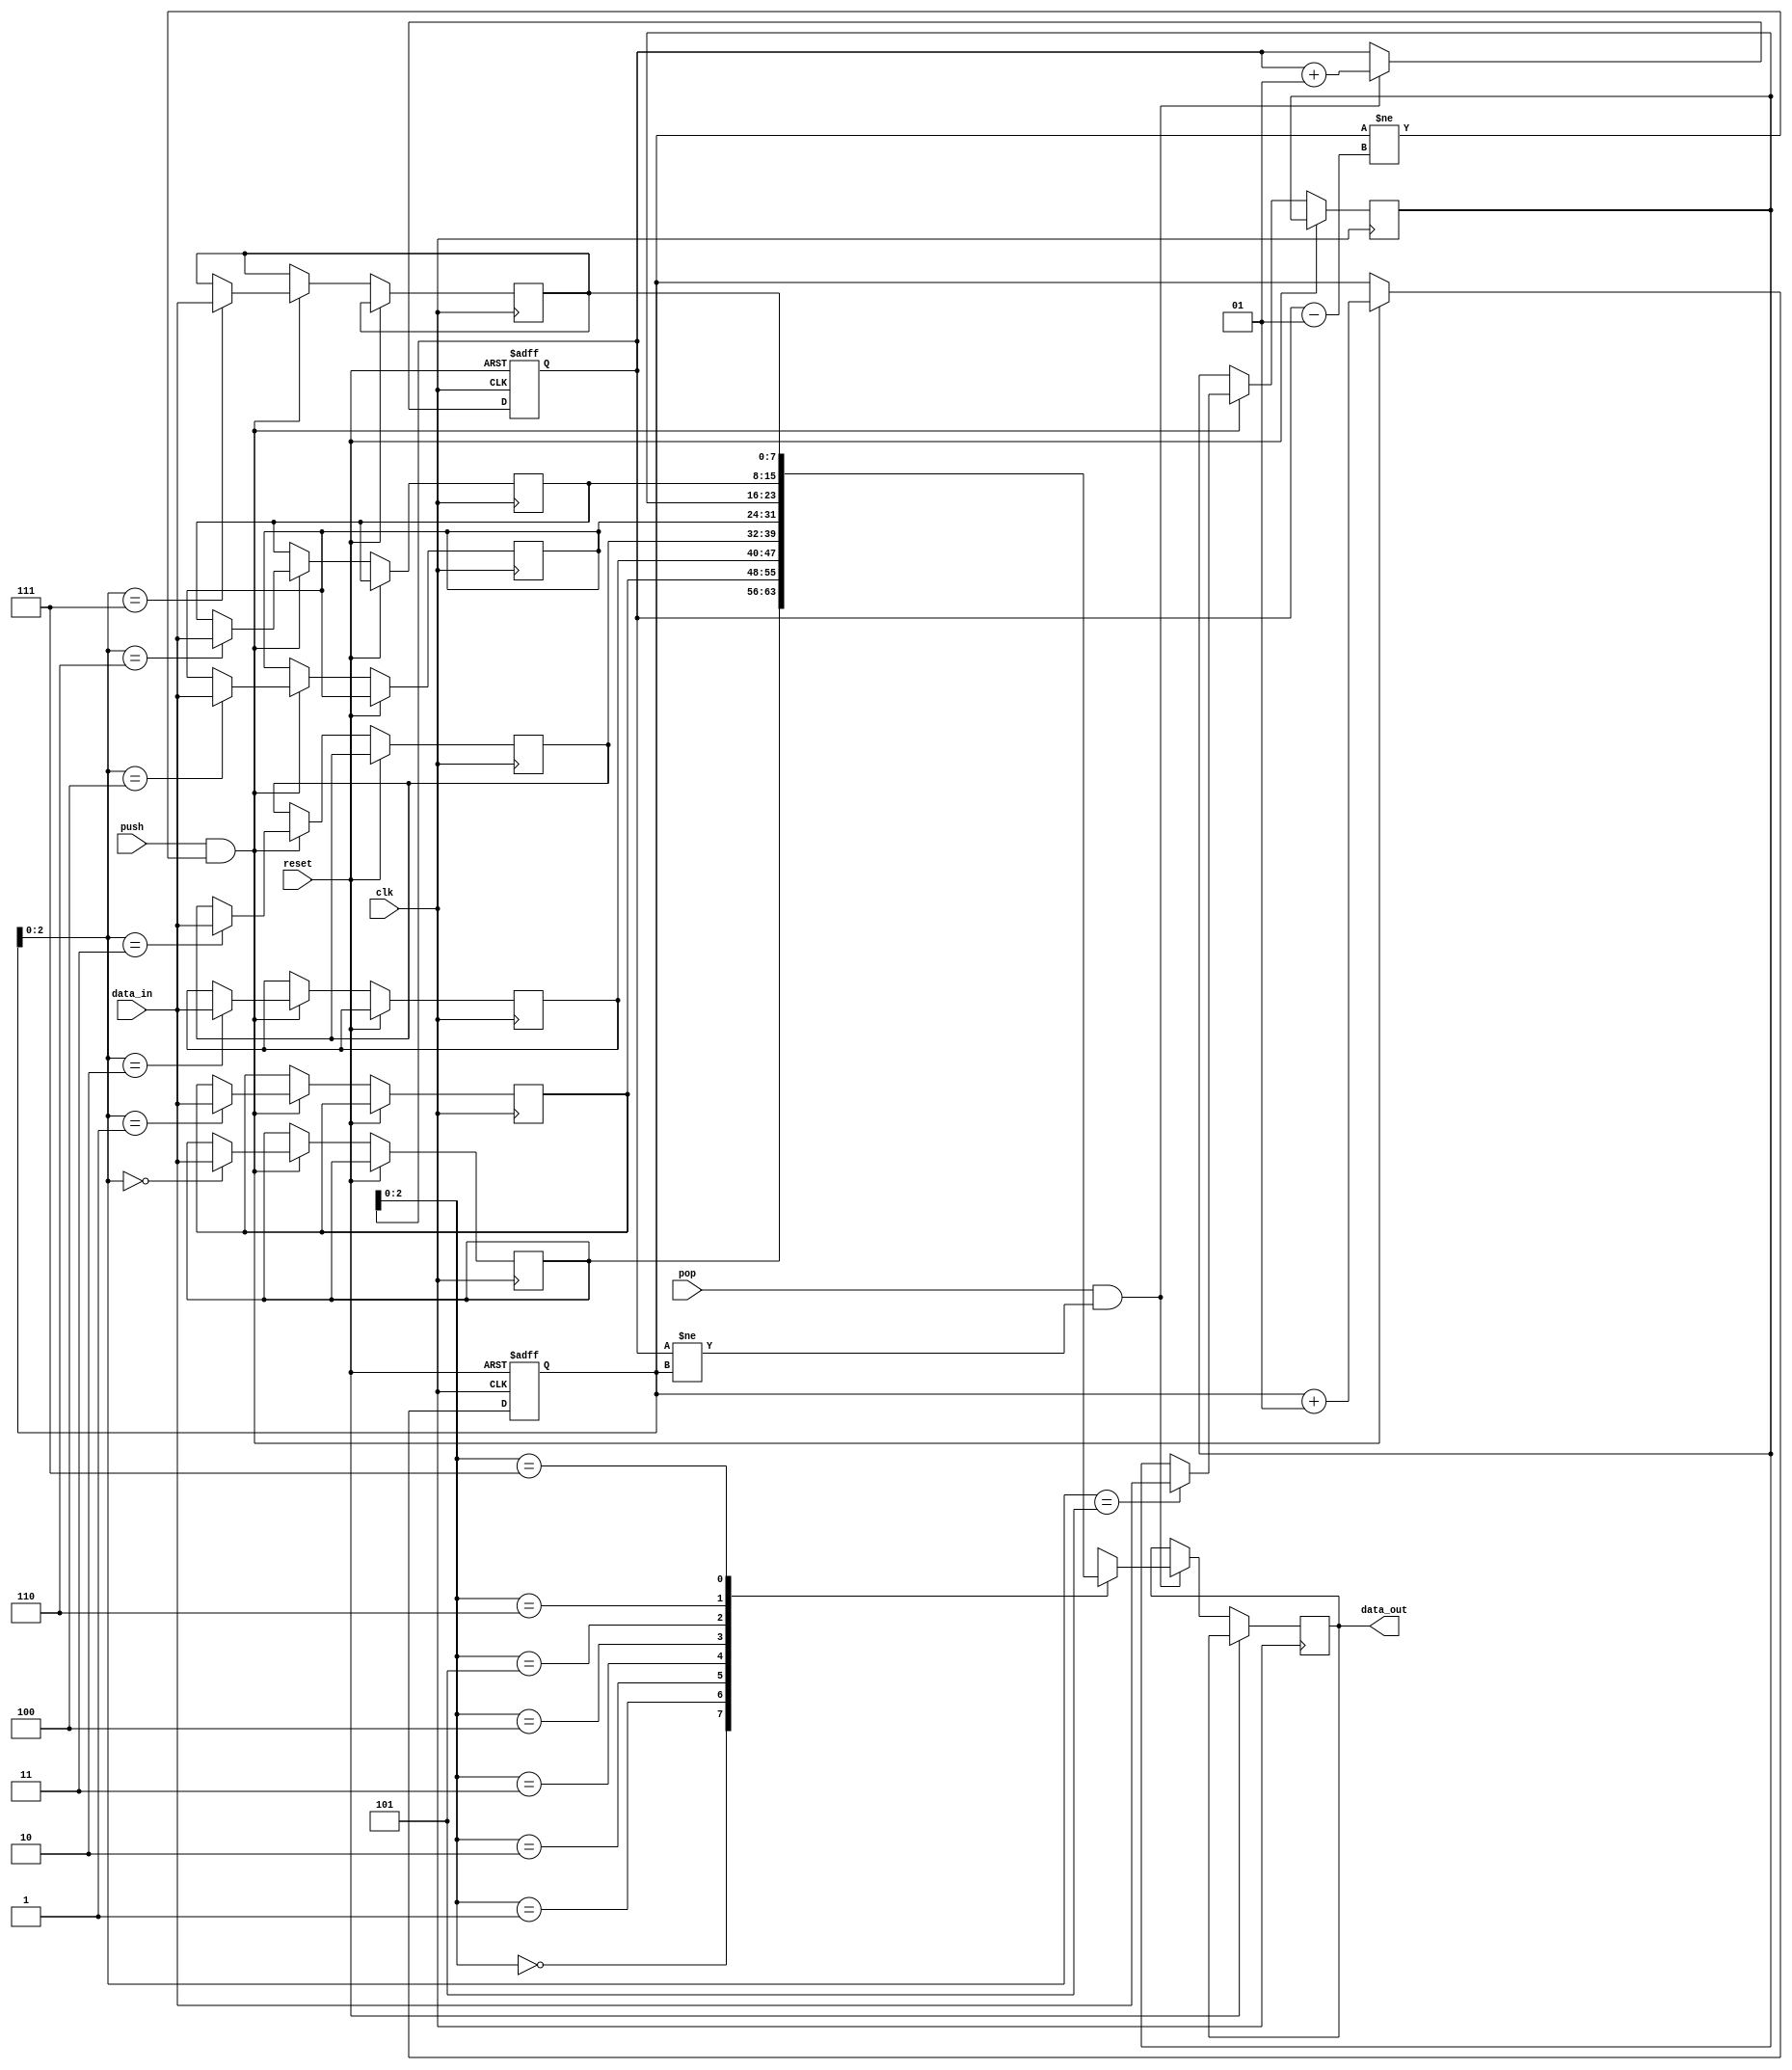
module LIFO (
    input wire clk,
    input wire reset,
    input wire push,
    input wire pop,
    input wire [7:0] data_in,
    output reg [7:0] data_out
);

reg [7:0] stack [0:7];
integer head, tail;

always @ (posedge clk or posedge reset) begin
    if (reset) begin
        head <= 0;
        tail <= 0;
    end else begin
        if (push && (tail != head - 1)) begin
            stack[tail] <= data_in;
            tail <= tail + 1;
        end
        if (pop && (head != tail)) begin
            data_out <= stack[head];
            head <= head + 1;
        end
    end
end

endmodule